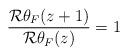
LaTeX: \begin{align*}\frac{\mathcal{R}\theta_F(z+1)}{\mathcal{R}\theta_F(z)}=1\end{align*}